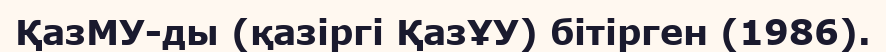
ҚазМУ-ды (қазіргі ҚазҰУ) бітірген (1986).